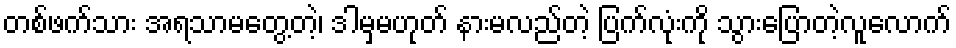
တစ်ဖက်သား အရသာမတွေ့တဲ့၊ ဒါမှမဟုတ် နားမလည်တဲ့ ပြက်လုံးကို သွားပြောတဲ့လူလောက်